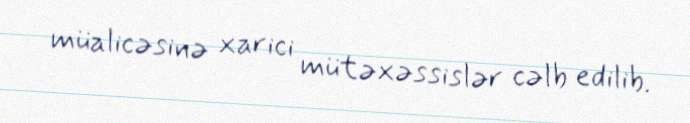
müalicəsinə xarici mütəxəssislər cəlb edilib.